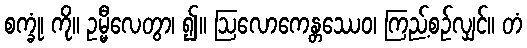
စက္ခုံ၊ ကို။ ဥမ္မီလေတွာ၊ ၍။ ဩလောကေန္တဿေဝ၊ ကြည့်စဉ်လျှင်။ တံ